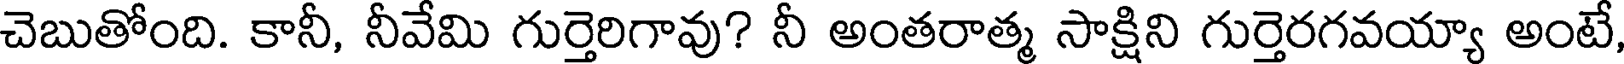
చెబుతోంది. కానీ, నీవేమి గుర్తెరిగావు? నీ అంతరాత్మ సాక్షిని గుర్తెరగవయ్యా అంటే